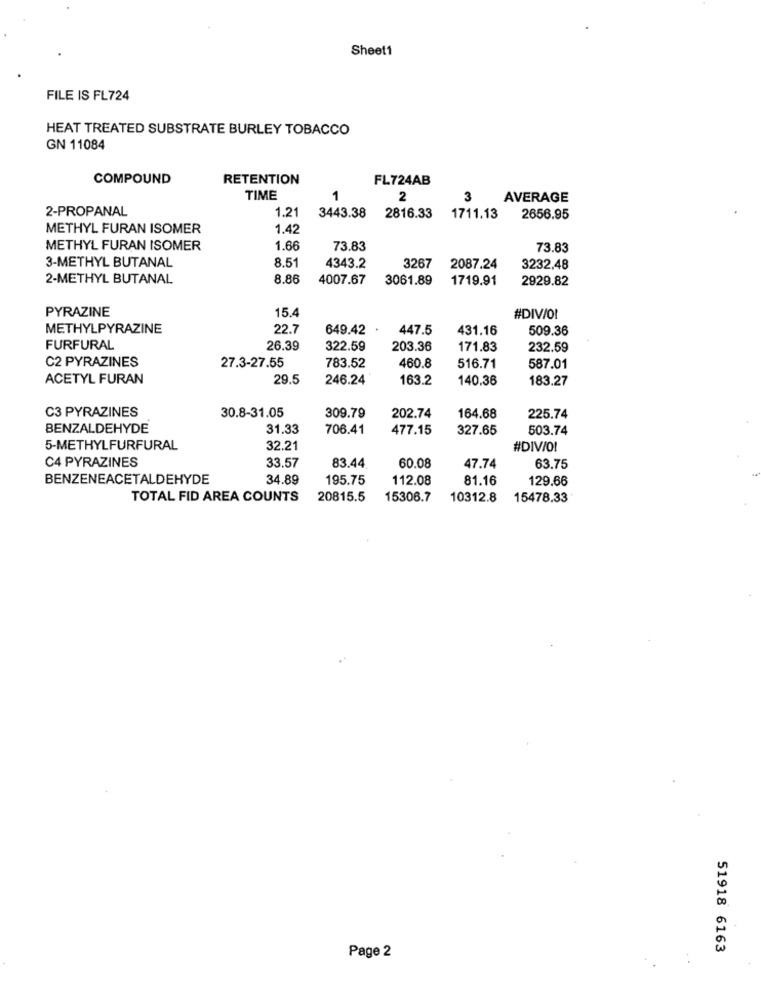
Sheet1
FILE IS FL724
HEAT TREATED SUBSTRATE BURLEY TOBACCO
GN 11084
COMPOUND
RETENTION
FL724AB
TIME
1
2
3
AVERAGE
2-PROPANAL
3443.38
1.21
2816.33
1711.13
2656.95
METHYL FURAN ISOMER
1.42
METHYL FURAN ISOMER
1.66
73.83
73.83
3-METHYL BUTANAL
8.51
4343.2
3267
2087.24
3232.48
2-METHYL BUTANAL
8.86
4007.67
3061.89
1719.91
2929.82
PYRAZINE
15.4
#DIV/OI
METHYLPYRAZINE
22.7
649.42
447.5
431.16
509.36
FURFURAL
26.39
322.59
203.36
171.83
232.59
C2 PYRAZINES
27.3-27.55
783.52
460.8
516.71
587.01
ACETYL FURAN
29.5
246.24
163.2
140.36
183.27
C3 PYRAZINES
30.8-31.05
309.79
202.74
164.68
225.74
BENZALDEHYDE
31.33
706.41
477.15
327.65
503.74
5-METHYLFURFURAL
32.21
#DIV/O!
C4 PYRAZINES
33.57
83.44
60.08
47.74
63.75
BENZENEACETALDEHYDE
34.89
195.75
112.08
81.16
129.66
TOTAL FID AREA COUNTS
20815.5
15306.7
10312.8
15478.33
51918 6163
Page 2